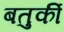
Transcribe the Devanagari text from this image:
बतुर्की